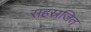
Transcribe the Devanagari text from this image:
सहस्रजित्